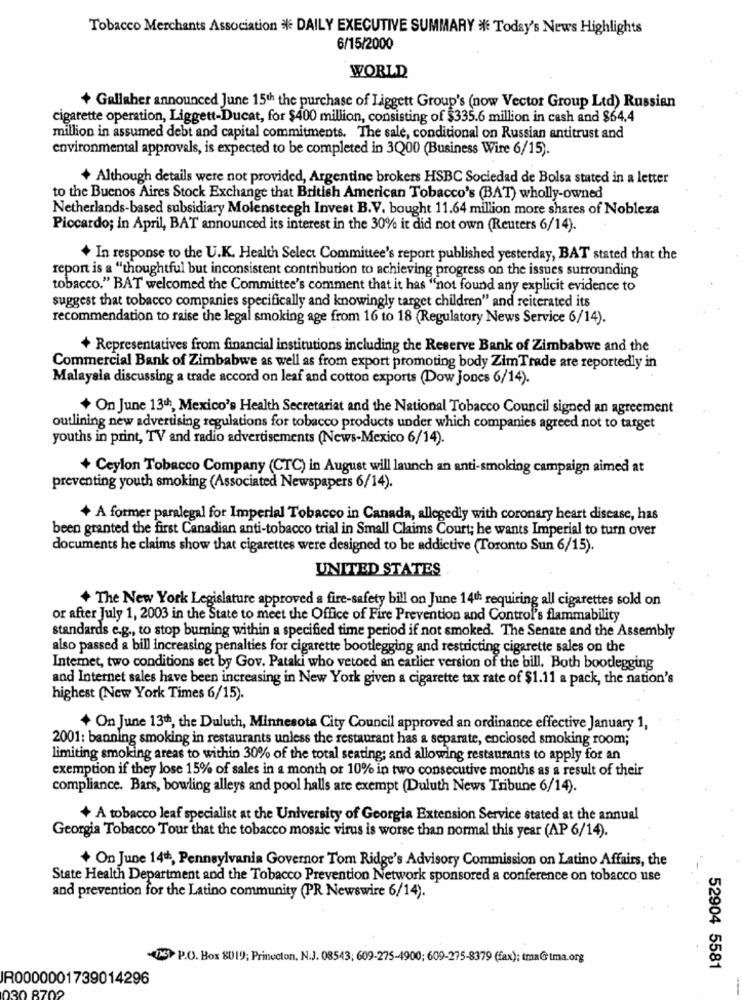
Tobacco Merchants Association % DAILY EXECUTIVE SUMMARY * Today's News Highlights
6/15/2000
WORLD
+ Gallaher announced June 15th the purchase of Liggett Group's (now Vector Group Ltd) Russian
cigarette operation, Liggett-Ducat, for $400 million, consisting of $335.6 million in cash and $64.4
million in assumed debt and capital commitments. The sale, conditional on Russian antitrust and
environmental approvals, is expected to be completed in 3Q200 (Business Wire 6/15).
+ Although details were not provided, Argentine brokers HSBC Sociedad de Bolsa stated in a letter
to the Buenos Aires Stock Exchange that British American Tobacco's (BAT) wholly-owned
Netherlands-based subsidiary Molensteegh Invest B.V. bought 11.64 million more shares of Nobleza
Piccardo; in April, BAT announced its interest in the 30% it did not own (Reuters 6/14).
+ In response to the U.K. Health Select Committee's report published yesterday, BAT stated that the
report is a "thoughtful but inconsistent contribution to achieving progress on the issues surrounding
tobacco." BAT welcomed the Committee's comment that it has "not found any explicit evidence to
suggest that tobacco companies specifically and knowingly target children" and reiterated its
recommendation to raise the legal smoking age from 16 to 18 (Regulatory News Service 6/14).
+ Representatives from financial institutions including the Reserve Bank of Zimbabwe and the
Commercial Bank of Zimbabwe as well as from export promoting body ZimTrade are reportedly in
Malayala discussing a trade accord on leaf and cotton exports (Dow jones 6/14).
+ On June 13th, Mexico's Health Secretariat and the National Tobacco Council signed an agreement
outlining new advertising regulations for tobacco products under which companies agreed not to target
youths in print, TV and radio advertisements (News-Mexico 6/14).
+ Ceylon Tobacco Company (CTC) in August will launch an anti-smoking campaign aimed at
preventing youth smoking (Associated Newspapers 6/14).
+ A former paralegal for Imperial Tobacco in Canada, allegedly with coronary heart disease, has
been granted the first Canadian anti-tobacco trial in Small Claims Court; he wants Imperial to turn over
documents he claims show that cigarettes were designed to be addictive (Toronto Sun 6/15).
UNITED STATES
+ The New York Legislature approved a fire-safety bill on June 14th requiring all cigarettes sold on
or after July 1, 2003 in the State to meet the Office of Fire Prevention and Control's flammability
standards e.g ., to stop burning within a specified time period if not smoked. The Senate and the Assembly
also passed a bill increasing penalties for cigarette bootlegging and restricting cigarette sales on the
Internet, two conditions set by Gov. Pataki who vetoed an earlier version of the bill. Both bootlegging
and Internet sales have been increasing in New York given a cigarette tax rate of $1.11 a pack, the nation's
highest (New York Times 6/15).
+ On June 13th, the Duluth, Minnesota City Council approved an ordinance effective January 1,
2001: banning smoking in restaurants unless the restaurant has a separate, enclosed smoking room;
limiting smoking areas to within 30% of the total seating; and allowing restaurants to apply for an
exemption if they lose 15% of sales in a month of 10% in two consecutive months as a result of their
compliance. Bars, bowling alleys and pool halls are exempt (Duluth News Tribune 6/14).
+ A tobacco leaf specialist at the University of Georgia Extension Service stated at the annual
Georgia Tobacco Tour that the tobacco mosaic virus is worse than normal this year (AP 6/14).
+ On June 14th, Pennsylvania Governor Tom Ridge's Advisory Commission on Latino Affairs, the
State Health Department and the Tobacco Prevention Network sponsored a conference on tobacco use
and prevention for the Latino community (PR Newswire 6/14).
D) P.O. Box 8019; Princeton, N.3. 08543; 609-275-4900; 609-275-8379 (fax); tma@ tma.org
52904 5581
IR0000001739014296
30 8702